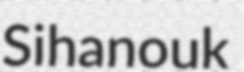
Sihanouk